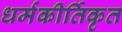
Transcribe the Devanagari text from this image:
धर्मकीर्तिकृत